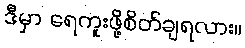
ဒီမှာ ရေကူးဖို့စိတ်ချရလား။